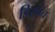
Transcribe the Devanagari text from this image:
डिस्पॅच